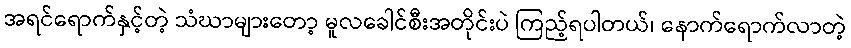
အရင်ရောက်နှင့်တဲ့ သံဃာများတော့ မူလခေါင်စီးအတိုင်းပဲ ကြည့်ရပါတယ်၊ နောက်ရောက်လာတဲ့